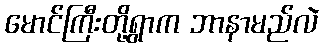
မောင်ကြီးတို့ရွာက ဘာနာမည်လဲ